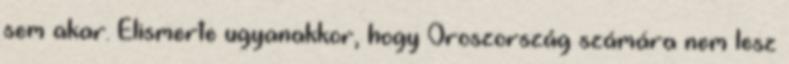
sem akar. Elismerte ugyanakkor, hogy Oroszország számára nem lesz